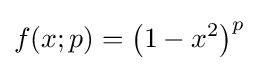
f(x;p)=\left(1-x^{2}\right)^{p}